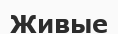
Живые